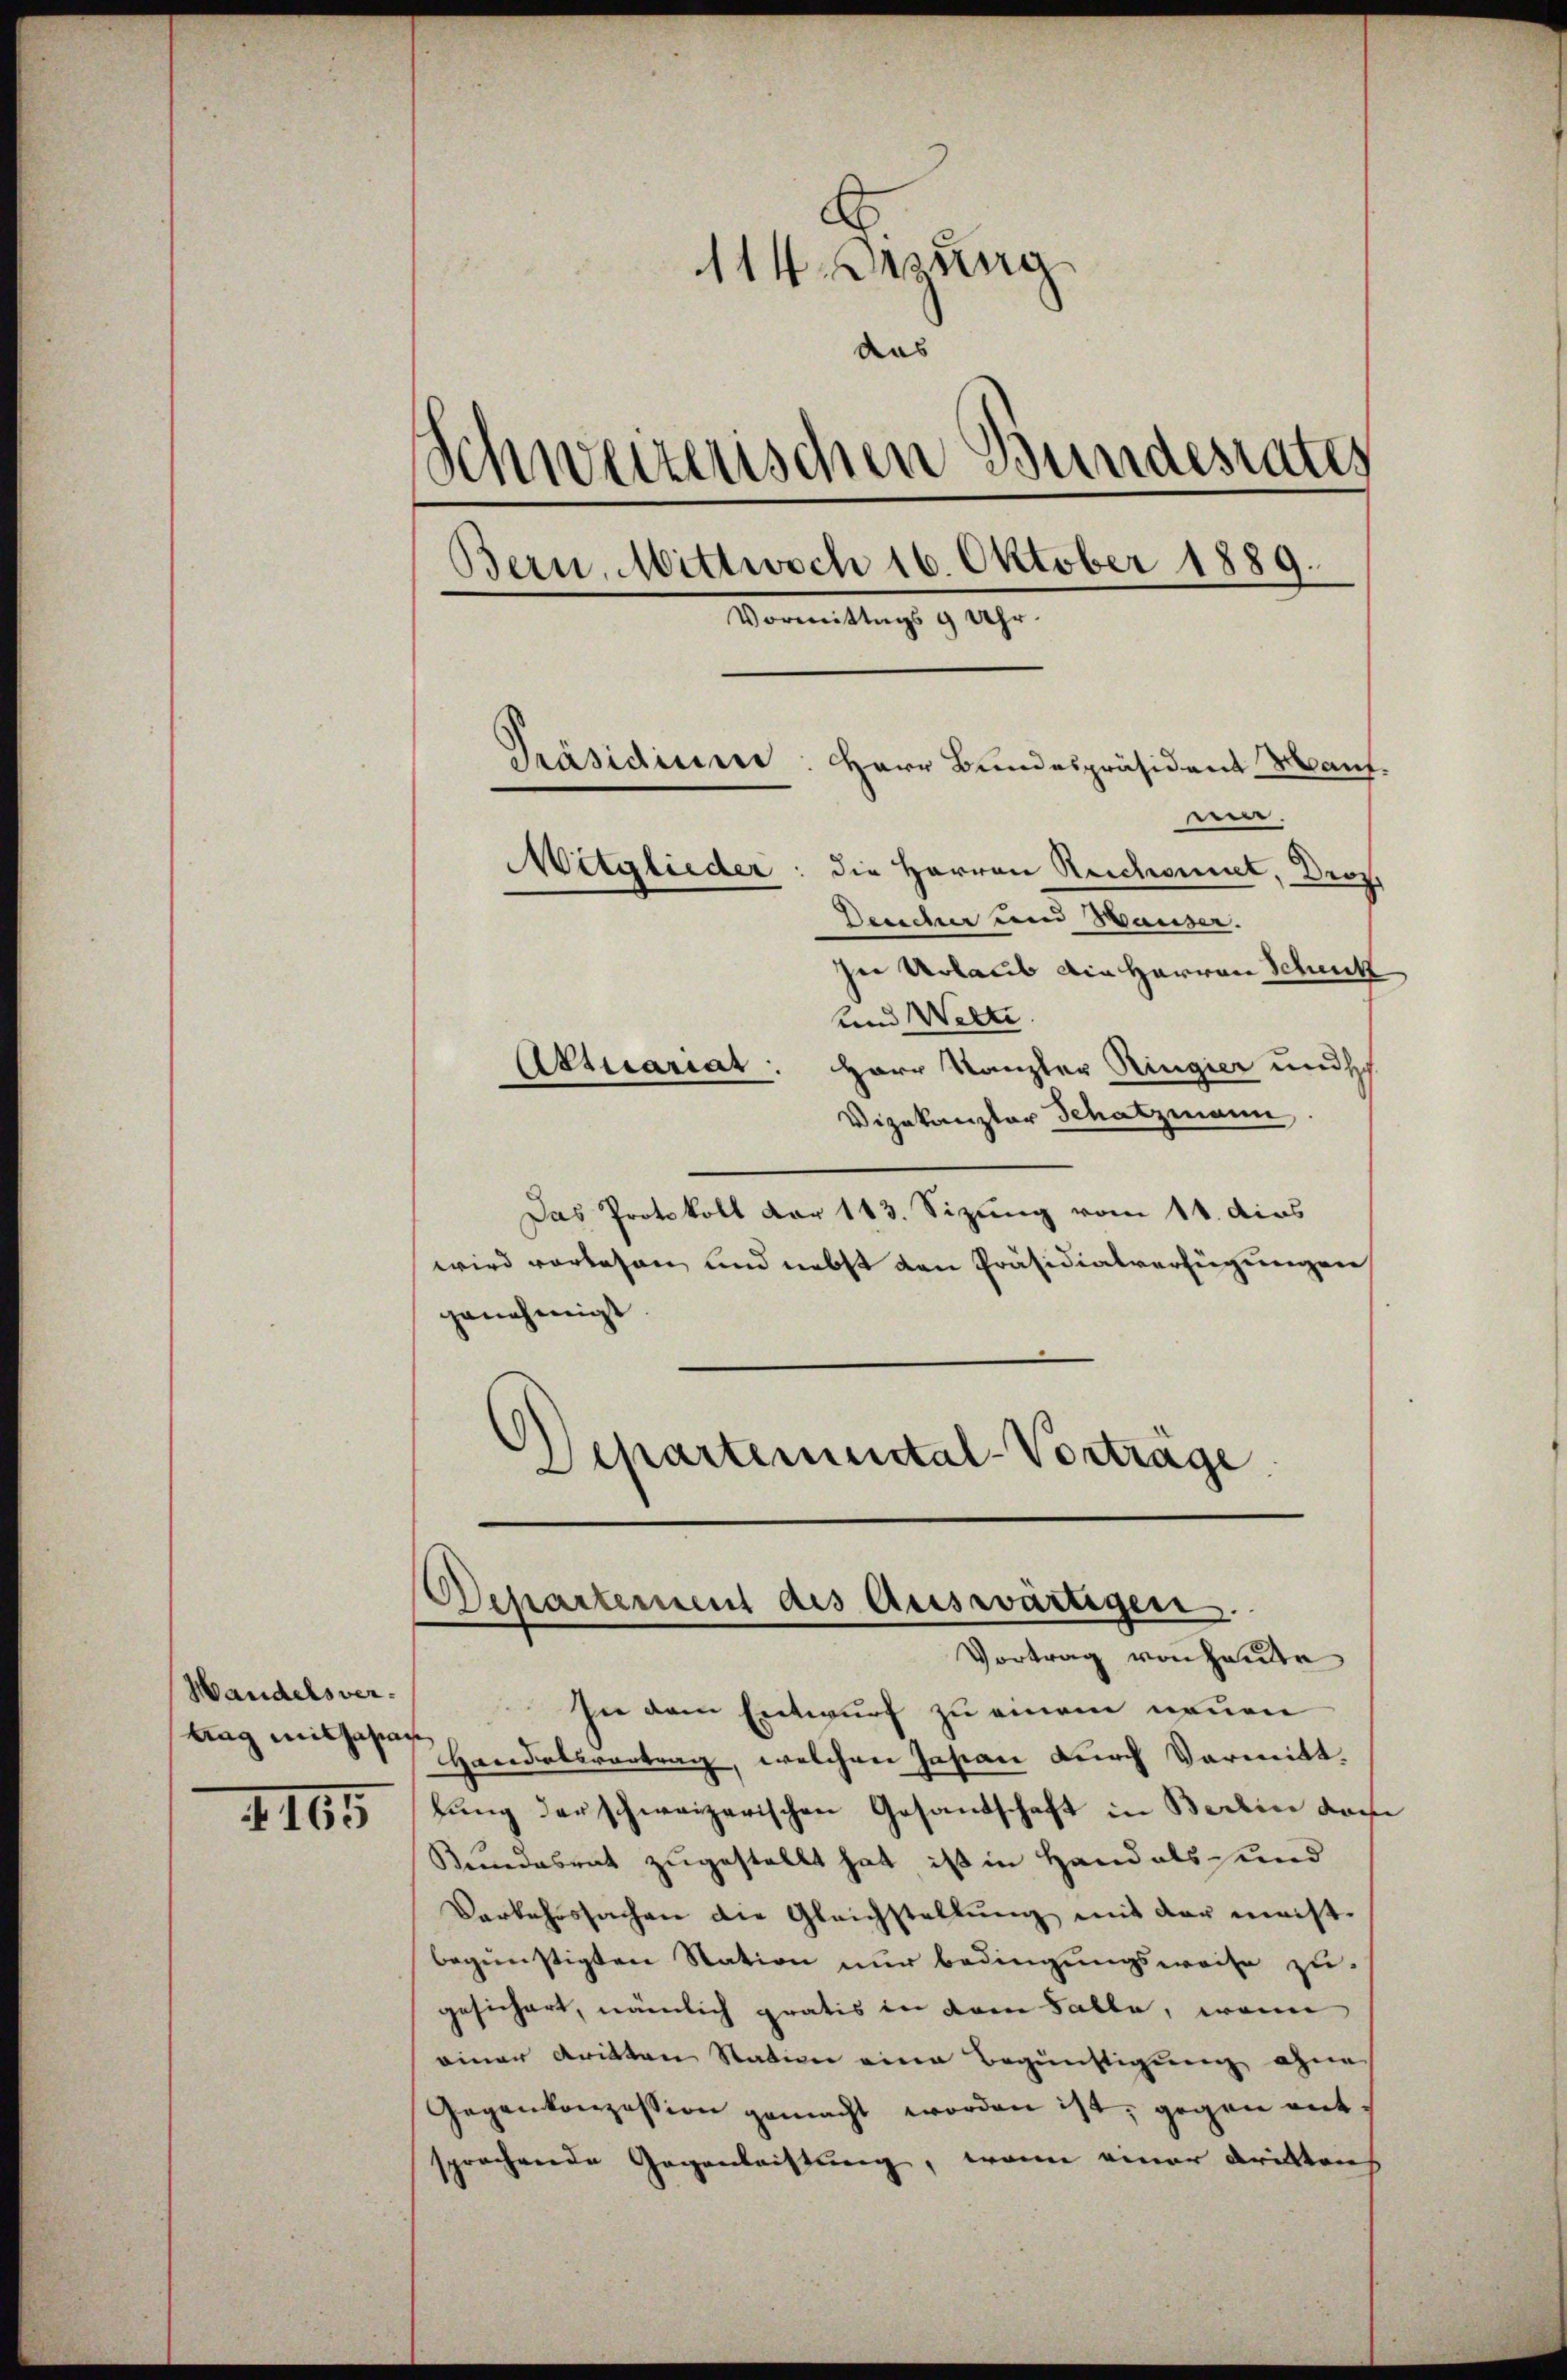
Handelsvertag mitgehan

4165

114. dirung
aas
Schweizerischen Bundesrates
Bern. Mittwoch 16. Oktober 1889.
Vormittag. 947.
Präsidium: Herr Bundespräsident Mann.
wer.
Mitglieder: die Herren Reichsmut, Droz.
Desicher und Hauser.

In Urlaub die Herren Schuck
und Wette.
Attuariat: Herr Kanzler Ringier und sch
Vizekanzler Schatzmann
Das Protokoll der 113. Sizung vom 11. dies
wird vorlesen und nebst den Präsidialverfügungen
genehmigt.
Departemental-Vorträge

In dem Entwurf zu einem neuen
Handelsvortrag, welchen Jasian durch Varmitt
lung der schweizerischen Gesandschaft in Berlin dam
Kundesrat zugestellt hat ist in Hand als und
Verkehrssachen die Gleichstellŭng mit der meistbegünstigten Station nur bedingungsweise zu
gesichert, nämlich gratis in dem Falle, wenn
einer dritten Station eine Begünstigung ohne
Gegenkonzession gemacht worden ist, gegen entsprochende Gegenleistung, wenn einer dritten

Departement des Auswärtigen.
Vortrag von Hande